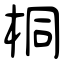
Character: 桐